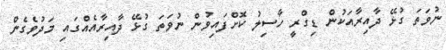
ނުވަތަ ގުޅޭ ދާއިރާއަކުން ޑިގްރީ ހާސިލު ކޮށްފައިވުން ނުވަތަ ގުޅޭ ދާއިރާއެއްގައި މަދުވެގެން